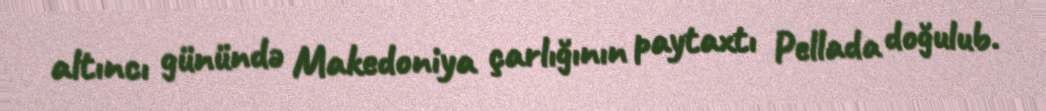
altıncı günündə Makedoniya çarlığının paytaxtı Pellada doğulub.